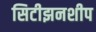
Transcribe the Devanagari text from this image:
सिटीझनशीप